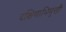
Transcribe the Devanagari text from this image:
दक्षिणाभिमुखी